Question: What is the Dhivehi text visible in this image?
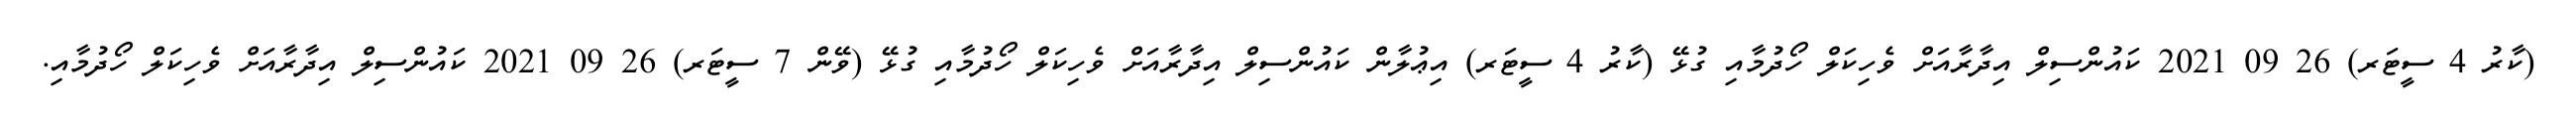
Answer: (ކާރު 4 ސީޓަރ) 26 09 2021 ކައުންސިލް އިދާރާއަށް ވެހިކަލް ހޯދުމާއި ގުޅޭ (ކާރު 4 ސީޓަރ) އިޢުލާން ކައުންސިލް އިދާރާއަށް ވެހިކަލް ހޯދުމާއި ގުޅޭ (ވޭން 7 ސީޓަރ) 26 09 2021 ކައުންސިލް އިދާރާއަށް ވެހިކަލް ހޯދުމާއި.